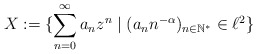
\begin{align*}X := \{\sum_{n=0}^\infty a_n z^n \mid (a_n n^{-\alpha})_{n\in \mathbb{N^*}} \in \ell^2 \}\end{align*}